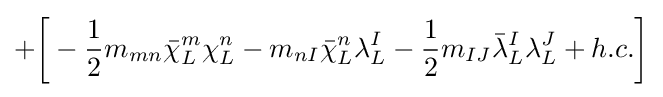
+{\bigg [}-{\frac {1}{2}}m_{mn}{\bar {\chi }}_{L}^{m}\chi _{L}^{n}-m_{nI}{\bar {\chi }}_{L}^{n}\lambda _{L}^{I}-{\frac {1}{2}}m_{IJ}{\bar {\lambda }}_{L}^{I}\lambda _{L}^{J}+h.c.{\bigg ]}